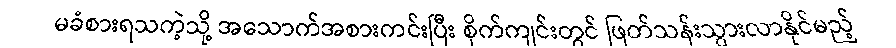
မခံစားရသကဲ့သို့ အသောက်အစားကင်းပြီး စိုက်ကျင်းတွင် ဖြတ်သန်းသွားလာနိုင်မည့်